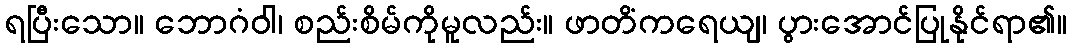
ရပြီးသော။ ဘောဂံဝါ၊ စည်းစိမ်ကိုမူလည်း။ ဖာတိံကရေယျ၊ ပွားအောင်ပြုနိုင်ရာ၏။